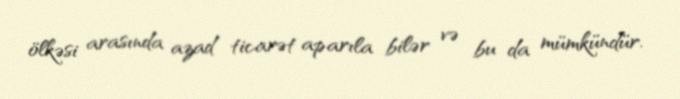
ölkəsi arasında azad ticarət aparıla bilər və bu da mümkündür.